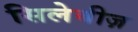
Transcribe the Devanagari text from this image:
सिलेबीज़